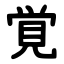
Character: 覚